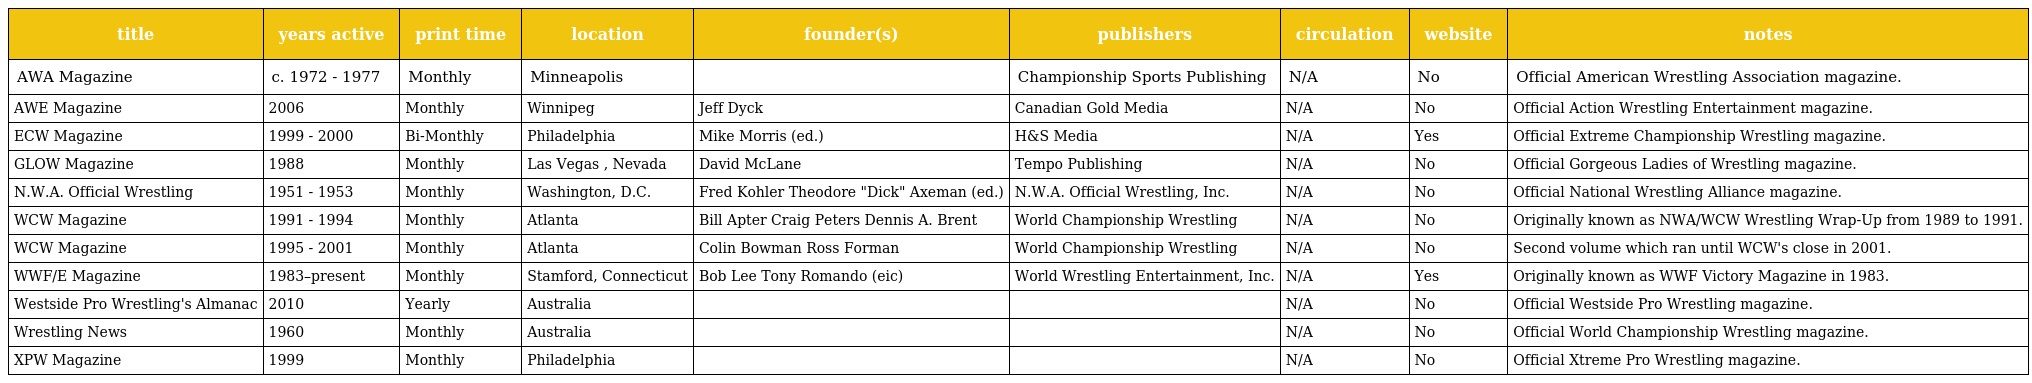
| title | years active | print time | location | founder(s) | publishers | circulation | website | notes |
 | --- | --- | --- | --- | --- | --- | --- | --- | --- |
 | AWA Magazine | c. 1972 - 1977 | Monthly | Minneapolis |  | Championship Sports Publishing | N/A | No | Official American Wrestling Association magazine. |
 | AWE Magazine | 2006 | Monthly | Winnipeg | Jeff Dyck | Canadian Gold Media | N/A | No | Official Action Wrestling Entertainment magazine. |
 | ECW Magazine | 1999 - 2000 | Bi-Monthly | Philadelphia | Mike Morris (ed.) | H&S Media | N/A | Yes | Official Extreme Championship Wrestling magazine. |
 | GLOW Magazine | 1988 | Monthly | Las Vegas , Nevada | David McLane | Tempo Publishing | N/A | No | Official Gorgeous Ladies of Wrestling magazine. |
 | N.W.A. Official Wrestling | 1951 - 1953 | Monthly | Washington, D.C. | Fred Kohler Theodore "Dick" Axeman (ed.) | N.W.A. Official Wrestling, Inc. | N/A | No | Official National Wrestling Alliance magazine. |
 | WCW Magazine | 1991 - 1994 | Monthly | Atlanta | Bill Apter Craig Peters Dennis A. Brent | World Championship Wrestling | N/A | No | Originally known as NWA/WCW Wrestling Wrap-Up from 1989 to 1991. |
 | WCW Magazine | 1995 - 2001 | Monthly | Atlanta | Colin Bowman Ross Forman | World Championship Wrestling | N/A | No | Second volume which ran until WCW's close in 2001. |
 | WWF/E Magazine | 1983–present | Monthly | Stamford, Connecticut | Bob Lee Tony Romando (eic) | World Wrestling Entertainment, Inc. | N/A | Yes | Originally known as WWF Victory Magazine in 1983. |
 | Westside Pro Wrestling's Almanac | 2010 | Yearly | Australia |  |  | N/A | No | Official Westside Pro Wrestling magazine. |
 | Wrestling News | 1960 | Monthly | Australia |  |  | N/A | No | Official World Championship Wrestling magazine. |
 | XPW Magazine | 1999 | Monthly | Philadelphia |  |  | N/A | No | Official Xtreme Pro Wrestling magazine. |